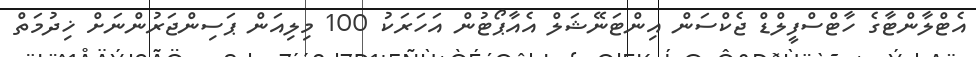
އެޓްލާންޓާގެ ހާޓްސްފީލްޑް ޖެކްސަން އިންޓަނޭޝަލް އެއާޕޯޓުން އަހަރަކު 100 މިލިއަން ޕަސިންޖަރުންނަށް ޚިދުމަތް